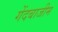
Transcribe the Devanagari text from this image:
गेंदबाजीम